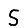
Digit: 5